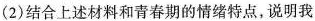
(2)结合上述材料和青春期的情绪特点，说明我